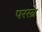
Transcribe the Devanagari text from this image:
परस्त्र